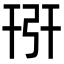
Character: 𢏘